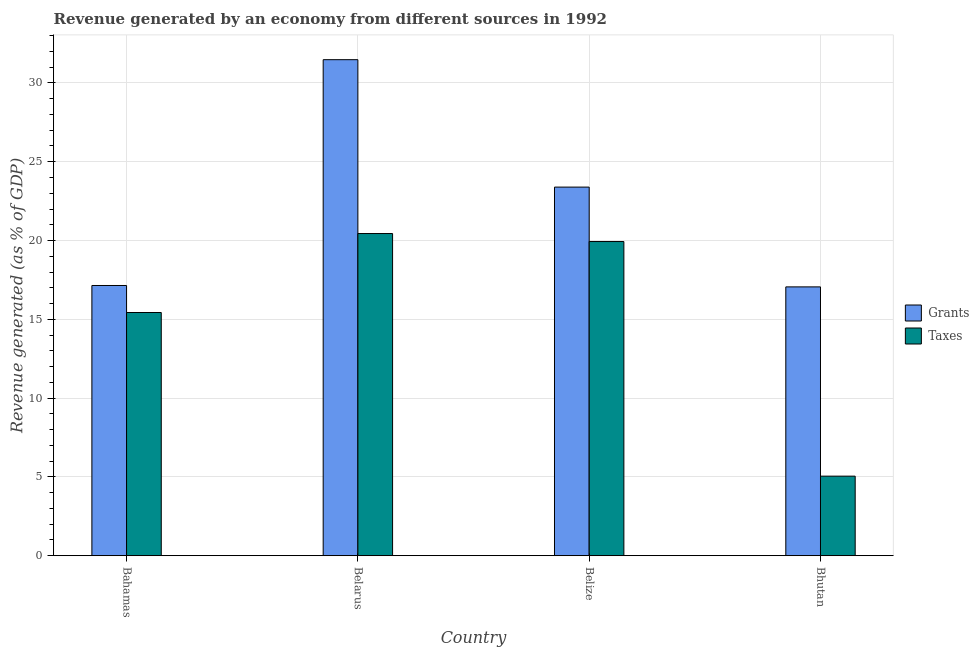
| Country | Grants | Taxes |
 | --- | --- | --- |
 | Bahamas | 17.1 | 15.4 |
 | Belarus | 31.5 | 20.4 |
 | Belize | 23.4 | 19.9 |
 | Bhutan | 17.1 | 5.05 |